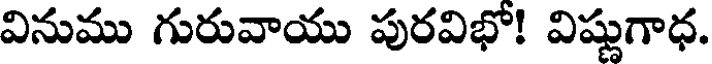
వినుము గురువాయు పురవిభో! విష్ణుగాధ.